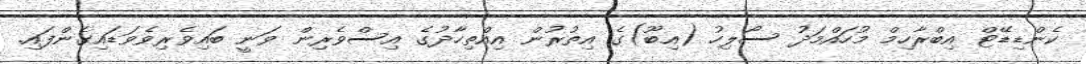
ކެންޑިޑޭޓް އިބްރާހިމް މުހައްމަދު ސޯލިހު (އިބޫ)ގެ އިތުރުން އިއްތިހާދުގެ އިސްވެރިން ވަނީ ބައިވެރިވެވަޑައިގެންފައި.